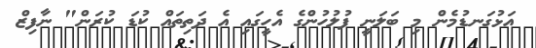
އަޅުގަނޑުމެން މި ބަލަނީ ފުލުހުންގެ އެހީގައި އެ ދަތިތައް ކުޑަ ކުރަން" ނާފިޒް